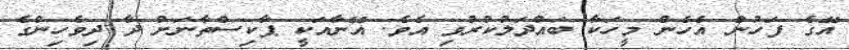
އޭގެ ފަހުން އެހެން މީހަކާ ބައްދަލުކުރުވި އެވެ. އޭނާއަކީ ޕާކިސްތާނަށް ދާ ދިވެހިންގެ